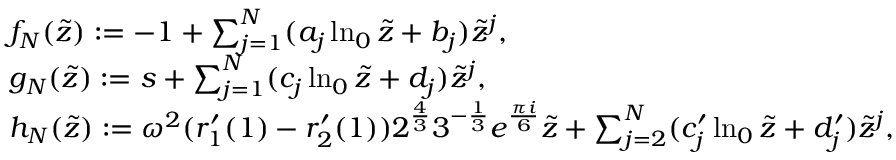
\begin{array} { r l } & { f _ { N } ( \tilde { z } ) : = - 1 + \sum _ { j = 1 } ^ { N } ( a _ { j } \ln _ { 0 } \tilde { z } + b _ { j } ) \tilde { z } ^ { j } , } \\ & { g _ { N } ( \tilde { z } ) : = s + \sum _ { j = 1 } ^ { N } ( c _ { j } \ln _ { 0 } \tilde { z } + d _ { j } ) \tilde { z } ^ { j } , } \\ & { h _ { N } ( \tilde { z } ) : = \omega ^ { 2 } ( r _ { 1 } ^ { \prime } ( 1 ) - r _ { 2 } ^ { \prime } ( 1 ) ) 2 ^ { \frac { 4 } { 3 } } 3 ^ { - \frac { 1 } { 3 } } e ^ { \frac { \pi i } { 6 } } \tilde { z } + \sum _ { j = 2 } ^ { N } ( c _ { j } ^ { \prime } \ln _ { 0 } \tilde { z } + d _ { j } ^ { \prime } ) \tilde { z } ^ { j } , } \end{array}